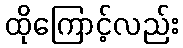
ထိုကြောင့်လည်း